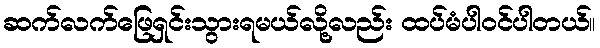
ဆက်လက်ဖြေရှင်းသွားရမယ်လို့လည်း ထပ်မံပါဝင်ပါတယ်။